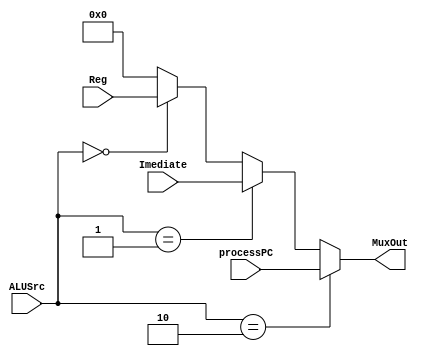
module MuxAlu (Imediate, Reg, processPC,MuxOut, ALUSrc);

	input [31:0] Imediate, Reg, processPC;
	output reg [31:0] MuxOut;
	input [1:0] ALUSrc;
	
	always @ (*)
		begin
			if ( ALUSrc == 2'b10 )
				MuxOut <= processPC;
			else if ( ALUSrc == 2'b01 )
				MuxOut <= Imediate;
			else if ( ALUSrc == 2'b00 )
				MuxOut <= Reg;
			else
				MuxOut <= 0;
		end
	
endmodule